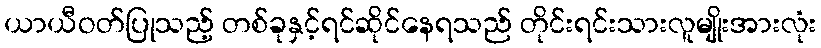
ယာယီဝတ်ပြုသည့် တစ်ခုနှင့်ရင်ဆိုင်နေရသည် တိုင်းရင်းသားလူမျိုးအားလုံး